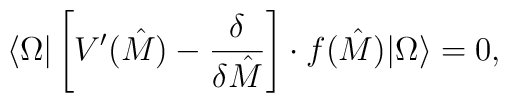
\langle \Omega |\left[  V'(\hat M)  -{\delta \over \delta \hat M }\right]\cdot f(\hat M)|\Omega \rangle =0,